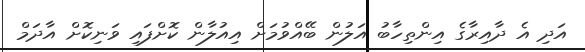
އަދި އެ ދާއިރާގެ އިންތިހާބު އަލުން ބޭއްވުމަށް އިއުލާން ކޮށްފައި ވަނިކޮށް އާދަމް